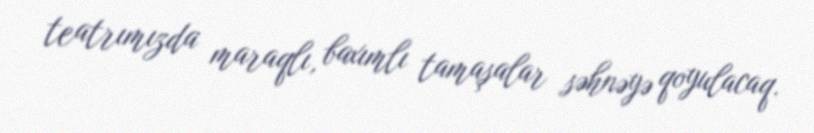
teatrımızda maraqlı, baxımlı tamaşalar səhnəyə qoyulacaq.